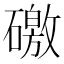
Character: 礉